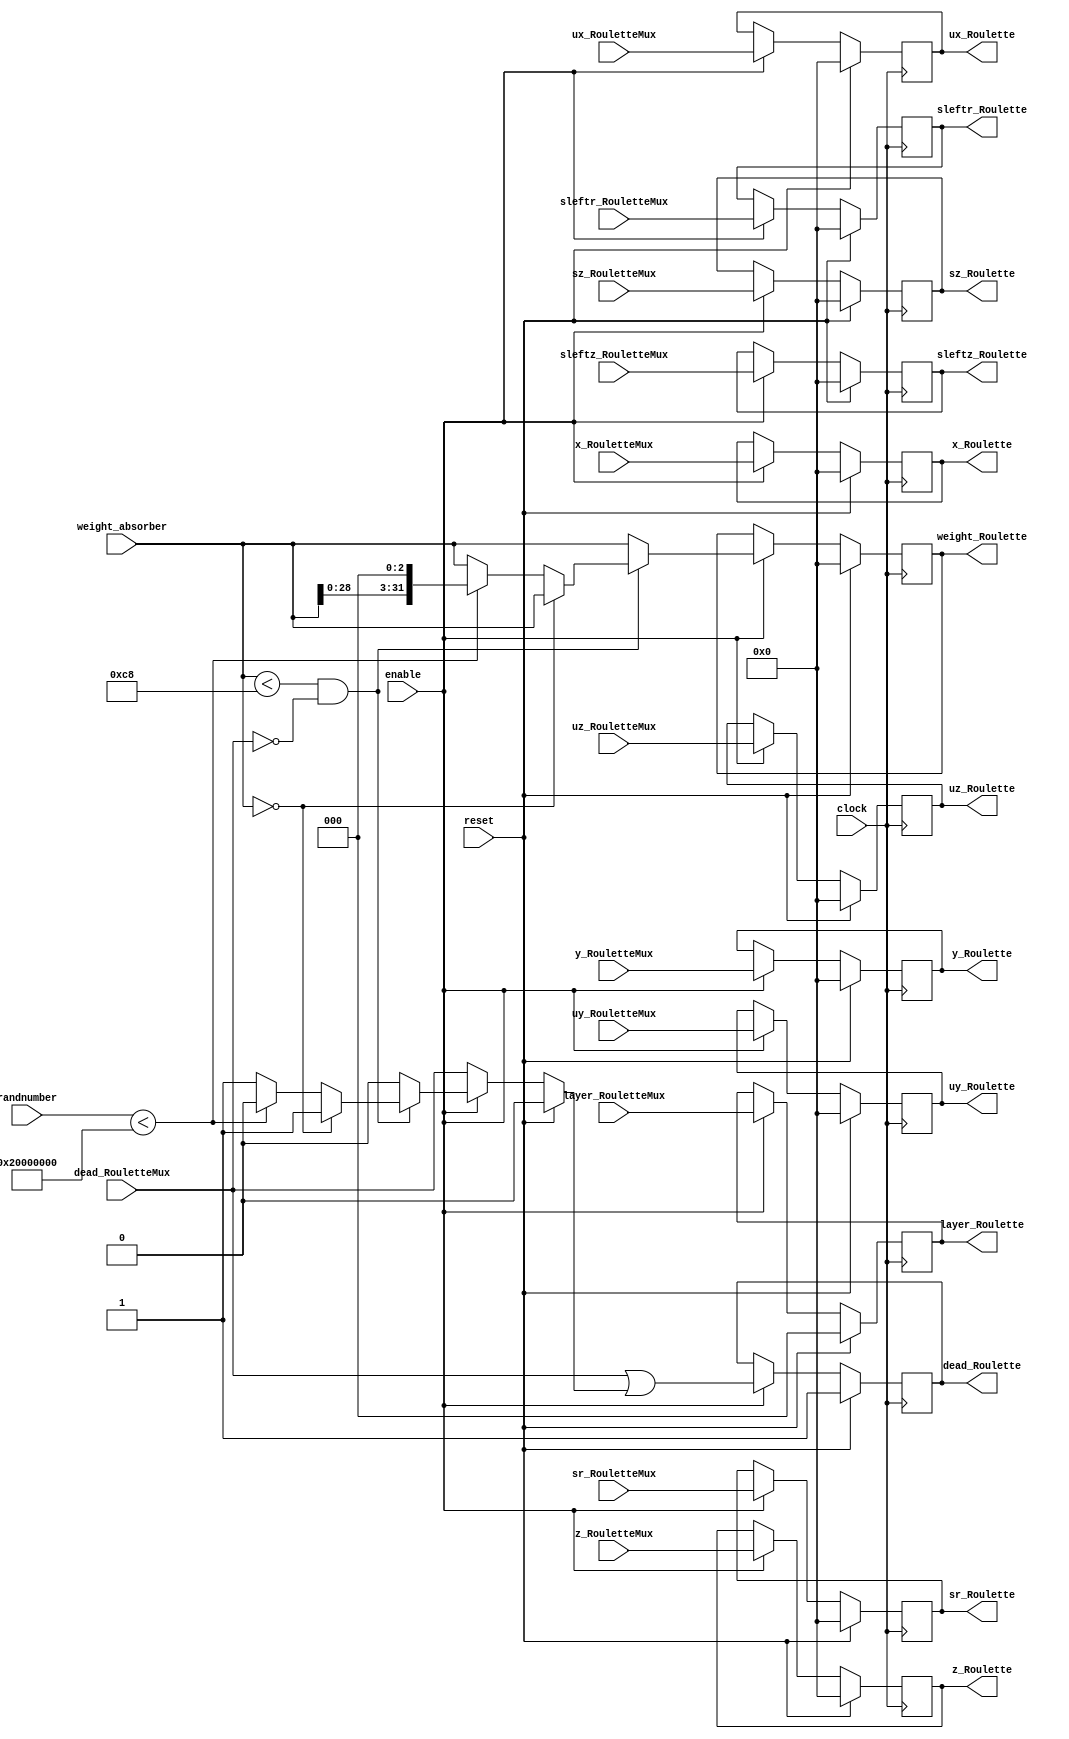
//////////////////////////////////////////////////////////////////////
////                                                              ////
////  Roulette Module                                             ////
////                                                              ////
////  Description:                                                ////
////  Implementation of Roulette Module                           ////
////                                                              ////
////  Author(s):                                                  ////
////      - William                                               ////
////                                                              ////
//////////////////////////////////////////////////////////////////////

module Roulette ( //INPUTS
                     clock, reset, enable, 
                     x_RouletteMux, y_RouletteMux, z_RouletteMux,  
                     ux_RouletteMux, uy_RouletteMux, uz_RouletteMux, 
                     sz_RouletteMux, sr_RouletteMux, 
                     sleftz_RouletteMux, sleftr_RouletteMux, 
                     layer_RouletteMux, weight_absorber, dead_RouletteMux, 
			
		     //From Random Number Generator in Skeleton.v	
		     randnumber,
                     
                     //OUTPUTS
                     x_Roulette, y_Roulette, z_Roulette,
                     ux_Roulette, uy_Roulette, uz_Roulette, 
                     sz_Roulette, sr_Roulette, 
                     sleftz_Roulette, sleftr_Roulette, 
                     layer_Roulette, weight_Roulette, dead_Roulette
                     ); 

parameter BIT_WIDTH=32;
parameter LAYER_WIDTH=3; 

parameter LEFTSHIFT=3;         // 2^3=8=1/0.125 where 0.125 = CHANCE of roulette
parameter INTCHANCE=536870912; //Based on 32 bit rand num generator
parameter MIN_WEIGHT=200; 

input clock;        
input reset;
input enable;

input [BIT_WIDTH-1:0] x_RouletteMux;
input [BIT_WIDTH-1:0] y_RouletteMux;
input [BIT_WIDTH-1:0] z_RouletteMux;
input [BIT_WIDTH-1:0] ux_RouletteMux;
input [BIT_WIDTH-1:0] uy_RouletteMux;
input [BIT_WIDTH-1:0] uz_RouletteMux;
input [BIT_WIDTH-1:0] sz_RouletteMux;
input [BIT_WIDTH-1:0] sr_RouletteMux;
input [BIT_WIDTH-1:0] sleftz_RouletteMux;
input [BIT_WIDTH-1:0] sleftr_RouletteMux;
input [LAYER_WIDTH-1:0] layer_RouletteMux;
input [BIT_WIDTH-1:0] weight_absorber;
input [BIT_WIDTH-1:0] randnumber;
input dead_RouletteMux;
              
output [BIT_WIDTH-1:0] x_Roulette;
output [BIT_WIDTH-1:0] y_Roulette;
output [BIT_WIDTH-1:0] z_Roulette;
output [BIT_WIDTH-1:0] ux_Roulette;
output [BIT_WIDTH-1:0] uy_Roulette;
output [BIT_WIDTH-1:0] uz_Roulette;
output [BIT_WIDTH-1:0] sz_Roulette;
output [BIT_WIDTH-1:0] sr_Roulette;
output [BIT_WIDTH-1:0] sleftz_Roulette;
output [BIT_WIDTH-1:0] sleftr_Roulette;
output [LAYER_WIDTH-1:0]layer_Roulette;
output [BIT_WIDTH-1:0] weight_Roulette;
output dead_Roulette;

//------------Local Variables------------------------
reg dead_roulette; 
reg [BIT_WIDTH-1:0] weight_roulette; 
reg [31:0] randBits;             //Hard-coded bitwidth because rng is 32-bit

//------------REGISTERED Values------------------------
reg [BIT_WIDTH-1:0] x_Roulette;
reg [BIT_WIDTH-1:0] y_Roulette;
reg [BIT_WIDTH-1:0] z_Roulette;
reg [BIT_WIDTH-1:0] ux_Roulette;
reg [BIT_WIDTH-1:0] uy_Roulette;
reg [BIT_WIDTH-1:0] uz_Roulette;
reg [BIT_WIDTH-1:0] sz_Roulette;
reg [BIT_WIDTH-1:0] sr_Roulette;
reg [BIT_WIDTH-1:0] sleftz_Roulette;
reg [BIT_WIDTH-1:0] sleftr_Roulette;
reg [LAYER_WIDTH-1:0]layer_Roulette;
reg [BIT_WIDTH-1:0] weight_Roulette;
reg dead_Roulette;
   
always @ (*) begin 
  	randBits = randnumber;   //Reading from external random num generator
	weight_roulette=weight_absorber;	//Avoid inferring a latch
	dead_roulette=dead_RouletteMux; 
	
	if (reset) begin 
		//Local variables
		weight_roulette=0; 
		dead_roulette=0; 
		randBits=0; 
	end

	else if (enable) begin
		//DO ROULETTE!!!
		if (weight_absorber < MIN_WEIGHT && !dead_RouletteMux) begin
			//Replicate Operator (same as 32'b000000..., except more flexible)			
			if (weight_absorber== {BIT_WIDTH{1'b0}}) begin
				dead_roulette = 1;
				weight_roulette = weight_absorber;
			end
				
			else if (randBits < INTCHANCE) begin // survived the roulette
				dead_roulette=0;
				weight_roulette=weight_absorber << LEFTSHIFT; //To avoid mult
			end
			
			else begin
				dead_roulette=1;
				weight_roulette = weight_absorber;
			end
		end
		
		//No Roulette
		else  begin
			weight_roulette = weight_absorber;
			dead_roulette = 0;
		end
	end
end 

always @ (posedge clock) begin
	if (reset) begin
		x_Roulette <= 0;
		y_Roulette <= 0;
		z_Roulette <= 0;
		ux_Roulette <= 0;
		uy_Roulette <= 0;
		uz_Roulette <= 0;
		sz_Roulette <= 0;
		sr_Roulette <= 0;
		sleftz_Roulette <= 0;
		sleftr_Roulette <= 0;
		layer_Roulette <= 0;
		weight_Roulette <= 0;
		dead_Roulette <= 1'b1;
	end
	
	else if (enable) begin
		//Write through values from Roulette block
		dead_Roulette <= (dead_RouletteMux | dead_roulette);   //OR operator ???
		weight_Roulette <= weight_roulette; //weight_absorber.read();

		//Write through unchanged values
		x_Roulette <= x_RouletteMux;
		y_Roulette <= y_RouletteMux;
		z_Roulette <= z_RouletteMux;

		ux_Roulette <= ux_RouletteMux;
		uy_Roulette <= uy_RouletteMux;
		uz_Roulette <= uz_RouletteMux;
		sz_Roulette <= sz_RouletteMux;
		sr_Roulette <= sr_RouletteMux;
		sleftz_Roulette <= sleftz_RouletteMux;
		sleftr_Roulette <= sleftr_RouletteMux;
		layer_Roulette <= layer_RouletteMux;
	end
end

endmodule